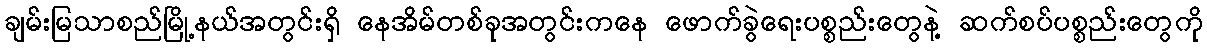
ချမ်းမြသာစည်မြို့နယ်အတွင်းရှိ နေအိမ်တစ်ခုအတွင်းကနေ ဖောက်ခွဲရေးပစ္စည်းတွေနဲ့ ဆက်စပ်ပစ္စည်းတွေကို